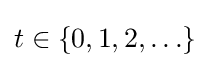
t\in \{0,1,2,\ldots \}